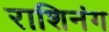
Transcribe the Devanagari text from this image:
राशिनंग